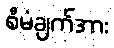
စီမံချက်အား